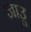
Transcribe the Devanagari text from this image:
जाउू